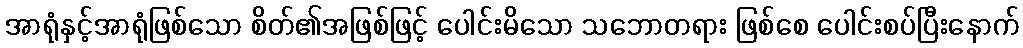
အာရုံနှင့်အာရုံဖြစ်သော စိတ်၏အဖြစ်ဖြင့် ပေါင်းမိသော သဘောတရား ဖြစ်စေ ပေါင်းစပ်ပြီးနောက်